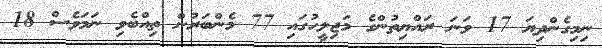
ނިމިގެންދިޔަ 17 ވަނަ ރައްޔިތުންގެ މަޖިލީހުގައި 77 މެންބަރުން ތިއްބެވި ނަމަވެސް 18